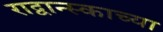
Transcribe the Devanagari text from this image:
राद्वान्स्काच्या